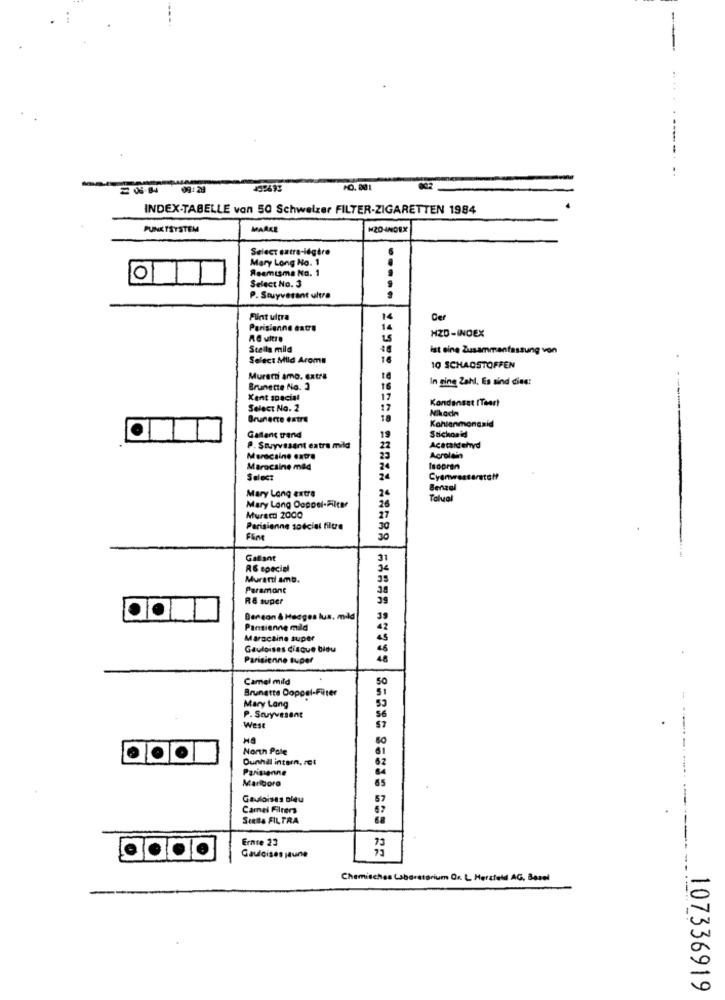
-
10. 001
INDEX-TABELLE von 50 Schweizer FILTER-ZIGARETTEN 1984
PUNKTSYSTEM
MAAKE
M204NOEX
Select extra-légère
Mary Long No. 1
Reemisma No. 1
01
Select No. 3
P. Stuyvesant ultra
Fint ultra
14
Cer
Parisienne extra
14
HZD-INDEX
LS
Scella mild
ist eine Zusammenfassung von
Select Mild Aroma
16
10 SCHADSTOFFEN
Murari amo. extra
In ging Zahl. Es sind dine:
Brunette No. 3
16
Kent spacial
17
Kondensat (Teor!
Select Na. 2
17
Nikadn
Brunecre extra
18
Kohlenmonoxid
Suchonid
Gallant grand
19
P. Suryvesant extra mild
22
Acetaldehyd
Marocaine extra
23
Acrolain
Marocaine med
24
Isopran
Select
24
Cyanwestarate!
Mary Long extra
26
Benzal
Tolual
Mary Long Ooppel-Filter
26
27
Murscd 2000
Parisienne sodcial filtre
Fine
Galant
31
RG epecial
Murari amb.
Paramont
38
R& super
39
Benson & Hadges lus. mid
39
Pansienne mild
42
Marocaine super
Gauloises disque bleu
Parisienne super
46
Camel mild
50
Brunette Doppel-Filter
51
53
Mary Lang
P. Stuyvesant
56
West
80
North Pole
61
Dunhill intern. rot
62
Parisienne
Marlboro
65
---- --
Gauloises bleu
57
Camel Filters
67
SIERA FILTRA
Ernte 23
73
Gauloises jaune
Chemisches Laboratorium Qr. L Herzfeld AG, Basel
107336919